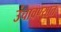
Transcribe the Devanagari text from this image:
उंचावण्यात